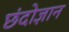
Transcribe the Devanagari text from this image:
छंदोज्ञान